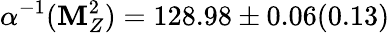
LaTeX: \alpha^{-1}(\mathbf{M}_{Z}^{2})=128.98\pm0.06(0.13)